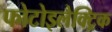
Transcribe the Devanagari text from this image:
फोटोइलैक्ट्रिक